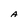
Character: A